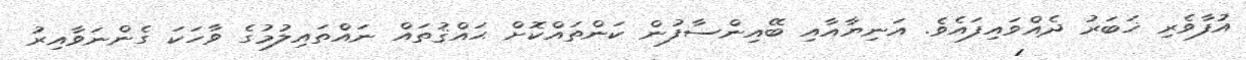
އުފާވެރި ޚަބަރު ދެއްވައިފައެވެ. އަނިޔާއާއި ބޭއިންސާފުން ކަންތައްކޮށް ޙައްޤުތައް ނައްތައިލުމުގެ ވާހަކަ ގެންނަވާއިރު